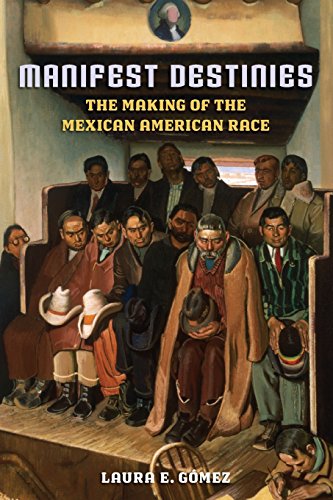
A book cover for Manifest Destinies: The Making of the Mexican American Race; Laura E. Gomez; History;